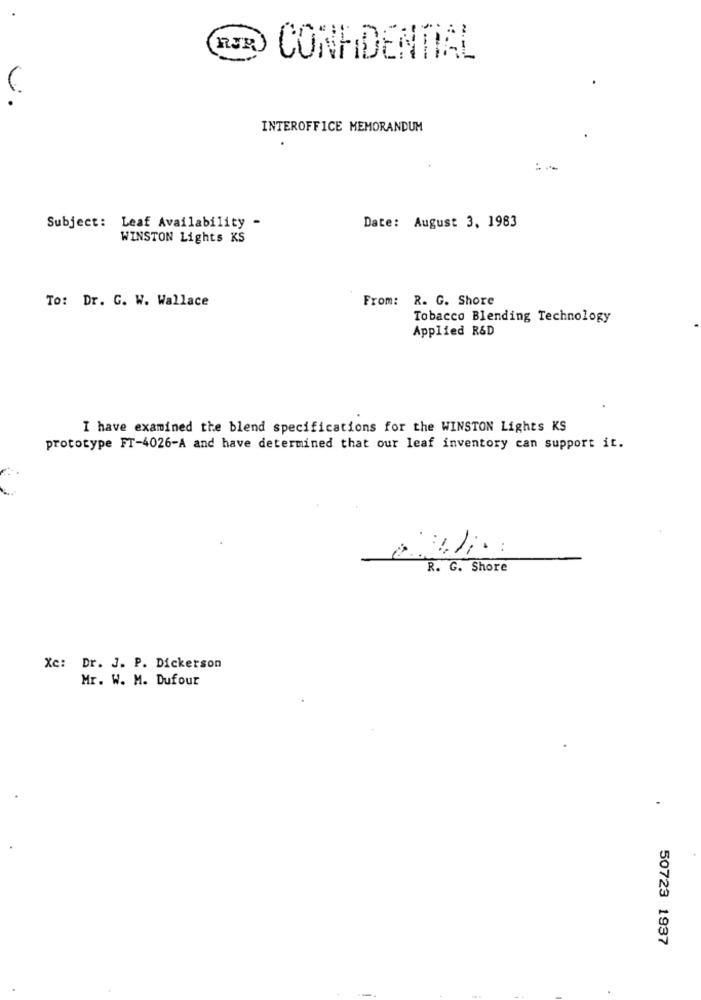
CONFIDENTIAL
V.
INTEROFFICE MEMORANDUM
Subject: Leaf Availability -
Date: August 3, 1983
WINSTON Lights KS
To: Dr. G. W. Wallace
From: R. G. Shore
Tobacco Blending Technology
Applied R&D
I have examined the blend specifications for the WINSTON Lights KS
prototype FT-4026-A and have determined that our leaf inventory can support it.
..
R. G. Shore
Xe: Dr. J. P. Dickerson
Mr. W. M. Dufour
50723 1937